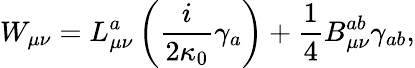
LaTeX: W_{\mu\nu}=L_{\mu\nu}^{a}\left(\frac{i}{2\kappa_{0}}\gamma_{a}\right)+\frac{1}{4}B_{\mu\nu}^{ab}\gamma_{ab},